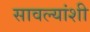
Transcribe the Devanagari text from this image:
सावल्यांशी